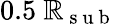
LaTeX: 0.5\ \mathbb{R}_{\mathrm{{~s~u~b~}}}